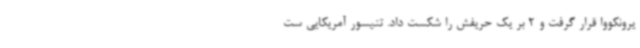
یرونکووا قرار گرفت و 2 بر یک حریفش را شکست داد. تنیسور آمریکایی ست